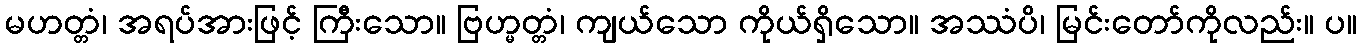
မဟတ္တံ၊ အရပ်အားဖြင့် ကြီးသော။ ဗြဟ္မတ္တံ၊ ကျယ်သော ကိုယ်ရှိသော။ အဿံပိ၊ မြင်းတော်ကိုလည်း။ ပ။